Vaccination in Bombay 1869-1873 - 1869-1873
Year: 1869
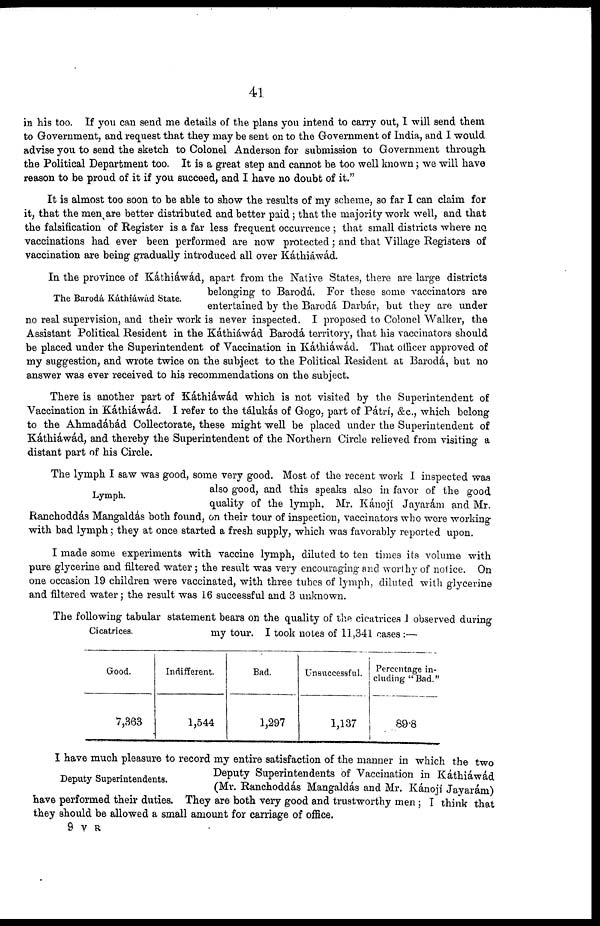
41
in his too. If you can send me details of the plans you intend to carry out, I will send them
to Government, and request that they may be sent on to the Government of India, and I would
advise you to send the sketch to Colonel Anderson for submission to Government through
the Political Department too. It is a great step and cannot be too well known; we will have
reason to be proud of it if you succeed, and I have no doubt of it."
It is almost too soon to be able to show the results of my scheme, so far I can claim for
it, that the men are better distributed and better paid; that the majority work well, and that
the falsification of Register is a far less frequent occurrence ; that small districts where no
vaccinations had ever been performed are now protected; and that Village Registers of
vaccination are being gradually introduced all over Káthiáwád.
The Barodá Káthiáwád State.
In the province of Káthiáwád, apart from the Native States, there are large districts
belonging to Barodá. For these some vaccinators are
entertained by the Barodá Darbár, but they are under
no real supervision, and their work is never inspected. I proposed to Colonel Walker, the
Assistant Political Resident in the Káthiáwád Barodá territory, that his vaccinators should
be placed under the Superintendent of Vaccination in Káthiáwád. That officer approved of
my suggestion, and wrote twice on the subject to the Political Resident at Barodá, but no
answer was ever received to his recommendations on the subject.
There is another part of Káthiáwád which is not visited by the Superintendent of
Vaccination in Káthiáwád. I refer to the tálukás of Gogo, part of Pátri, &c., which belong
to the Ahmadábád Collectorate, these might well be placed under the Superintendent of
Káthiáwád, and thereby the Superintendent of the Northern Circle relieved from visiting a
distant part of his Circle.
Lymph.
The lymph I saw was good, some very good. Most of the recent work I inspected was
also good, and this speaks also in favor of the good
quality of the lymph. Mr. Kánojí Jayarám and Mr.
Ranchoddás Mangaldás both found, on their tour of inspection, vaccinators who were working
with bad lymph; they at once started a fresh supply, which was favorably reported upon.
I made some experiments with vaccine lymph, diluted to ten times its volume with
pure glycerine and filtered water ; the result was very encouraging and worthy of notice. On
one occasion 19 children were vaccinated, with three tubes of lymph, diluted with glycerine
and filtered water ; the result was 16 successful and 3 unknown.
Cicatrices.
The following tabular statement bears on the quality of the cicatrices 1 observed during
my tour. I took notes of 11,341 cases :—
Good.
7,363
Indifferent.
1,544
Bad.
1,297
Unsuccessful.
1,137
Percentage in-
cluding "Bad.'
89.8
Deputy Superintendents.
I have much pleasure to record my entire satisfaction of the manner in which the two
Deputy Superintendents of Vaccination in Káthiáwád
(Mr. Ranchoddás Mangaldás and Mr. Kánojí Jayarám)
have performed their duties. They are both very good and trustworthy men; I think that
they should be allowed a small amount for carriage of office.
9 V R